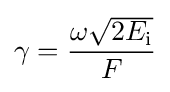
\gamma ={\frac {\omega {\sqrt {2E_{\text{i}}}}}{F}}